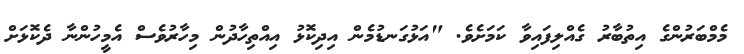
މެމްބަރުންގެ އިތުބާރު ގެއްލިފައިވާ ކަމަށެވެ. "އަޅުގަނޑުމެން އިދިކޮޅު އިއްތިހާދުން މިހާރުވެސް އެމީހުންނާ ދެކޮޅަށް